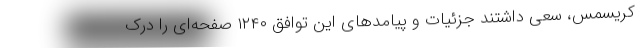
کریسمس، سعی داشتند جزئیات و پیامدهای این توافق ۱۲۴۰ صفحه‌ای را درک